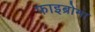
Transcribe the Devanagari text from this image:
फाइब्रोमा